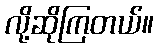
လို့ဆိုကြတယ်။